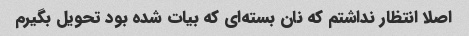
اصلا انتظار نداشتم که نان بسته‌ای که بیات شده بود تحویل بگیرم